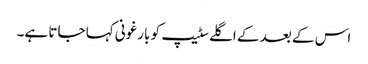
اس کے بعد کے اگلے سٹیپ کو بارغونی کہا جاتا ہے۔